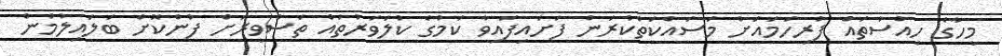
މީހާގެ ހިއްސުތައް ފުރިހަމައަށް މަސައްކަތްކުރަން ފަށައިފައިވާ ކަމުގެ ކުލަވަރުތައް ތަސްވީރަށް ފުންކޮށް ބަލައިލުމުން